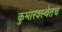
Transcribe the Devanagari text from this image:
कुमारवस्थेतच